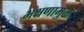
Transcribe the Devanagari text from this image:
भक्षणामुळे